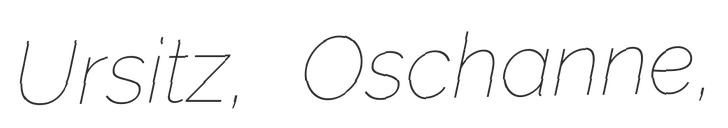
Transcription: Ursitz, Oschanne,